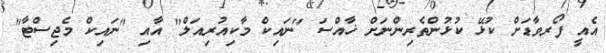
އެއީ ފޯރވާޑަށް ކުޅޭ ކުޅުންތެރިންނަށް ޚާއްސަ "ނައިކް މާކިއުރިއަލް" އާއި "ނައިކް މެޖިސްޓާ"